system: You are a helpful assistant.
user:
Analyze the provided spectrum to determine if it is a **"Cataclysmic Variables (CV)"**.

- **Key Indicators for CV (Check for either state):**
    - **State 1: Quiescent / Low-State (Emission-Dominated)**
        - **(Primary):** Strong and *very broad* Hydrogen Balmer emission lines (e.g., $H\alpha$ at 6563 Å, $H\beta$ at 4861 Å). The 'broadness' (high velocity dispersion, often FWHM > 1000 km/s) is the key diagnostic, indicating a high-velocity accretion disk.
        - **(Secondary):** Broad neutral Helium (He I) emission lines (e.g., 5876 Å, 6678 Å).
        - **(Key Confirmation):** Presence of high-excitation *ionized* Helium (He II) emission at 4686 Å. This is a strong indicator of accretion onto a white dwarf.
        - **(Line Profile):** Emission lines may exhibit a 'double-peaked' profile, which is a classic signature of a rotating accretion disk viewed at high inclination.

    - **State 2: Outburst / High-State (Absorption-Dominated)**
        - **(Primary):** Spectrum is dominated by a bright, blue continuum (looks like a hot star).
        - **(Secondary):** The emission lines from State 1 are weak, absent, or 'filled in', and are replaced by broad, shallow *absorption* lines (primarily Balmer and He I).
        - **(Morphology):** The overall spectrum mimics a hot B/A-type star. The crucial difference is that the absorption lines are significantly broader, shallower, and more 'washed-out' (or 'smeared') than the sharp lines of a normal stellar photosphere, due to high rotational speeds and pressure broadening in the disk.

Think first, call **spectral_visualization_tool** if needed to examine features in detail, then provide your final answer. Your response must adhere to the following strict rules:
1.  **Overall Structure:** Your response must follow the format `<think>...</think> <tool_call>...</tool_call> (if a tool is used) <answer>...</answer>`.
2.  **Tool Usage Constraint:** You may only make **one** tool call per turn.
3.  **Final Answer Format:** In the `<answer>` tag, your conclusion must be inside a `\boxed{}` command (e.g., `\boxed{YES}`), followed by your justification.

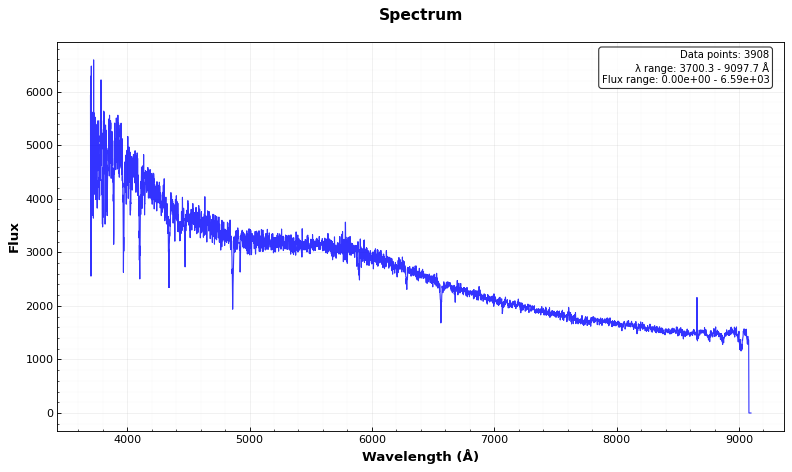
Answer: NO